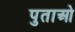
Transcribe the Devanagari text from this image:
पुताओ